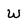
Character: W